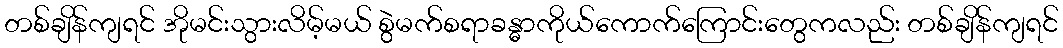
တစ်ချိန်ကျရင် အိုမင်းသွားလိမ့်မယ် စွဲမက်စရာခန္ဓာကိုယ်ကောက်ကြောင်းတွေကလည်း တစ်ချိန်ကျရင်